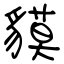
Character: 貘